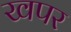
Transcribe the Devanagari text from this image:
खपर